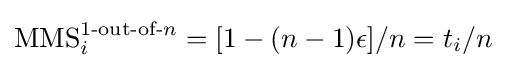
\operatorname {MMS} _{i}^{1{\text{-out-of-}}n}=[1-(n-1)\epsilon ]/n=t_{i}/n